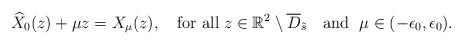
\begin{align*} \widehat{X}_0(z)+\mu z=X_{\mu}(z),\quad\mbox{for all} \; z\in\mathbb{R}^2\setminus\overline{D}_{\tilde{s}} \quad\mbox{and } \; \mu\in(-\epsilon_0,\epsilon_0).\end{align*}